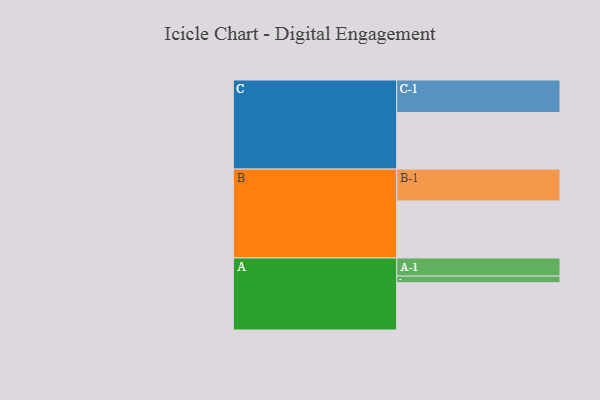
{"axis": {"x": "Segment", "y": "Value"}, "legend": ["", "A", "B", "C"], "data": [{"x": "A", "y": 422, "type": ""}, {"x": "B", "y": 509, "type": ""}, {"x": "C", "y": 505, "type": ""}, {"x": "A-1", "y": 162, "type": "A"}, {"x": "A-2", "y": 59, "type": "A"}, {"x": "B-1", "y": 284, "type": "B"}, {"x": "C-1", "y": 290, "type": "C"}]}